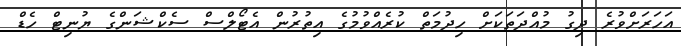
އަހަރަށްވުރެ ދިގު މުއްދަތަކަށް ހިދުމަތް ކުރެއްވުމުގެ އިތުރުން އެޓޯލްސް ސެކްޝަންގެ ޔުނިޓް ހެޑް